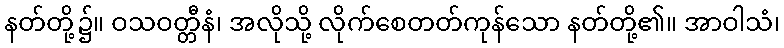
နတ်တို့၌။ ဝသဝတ္တီနံ၊ အလိုသို့ လိုက်စေတတ်ကုန်သော နတ်တို့၏။ အာဝါသံ၊